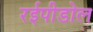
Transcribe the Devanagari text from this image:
रईपीडोल